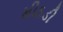
મીઠડી